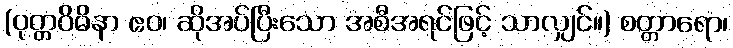
(ဝုတ္တဝိဓိနာ ဧဝ၊ ဆိုအပ်ပြီးသော အစီအရင်ဖြင့် သာလျှင်။) စတ္တာရော၊